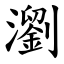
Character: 瀏